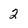
Character: 2